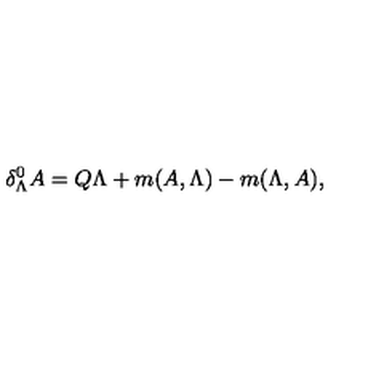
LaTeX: \delta _ { \Lambda } ^ { 0 } A = Q \Lambda + m ( A , \Lambda ) - m ( \Lambda , A ) ,